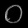
Digit: ၀